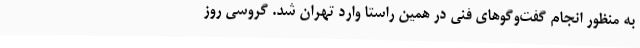
به منظور انجام گفت‌وگوهای فنی در همین راستا وارد تهران شد. گروسی روز